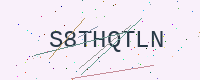
Text: S8THQTLN